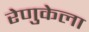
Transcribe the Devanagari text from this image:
रेणुकेला